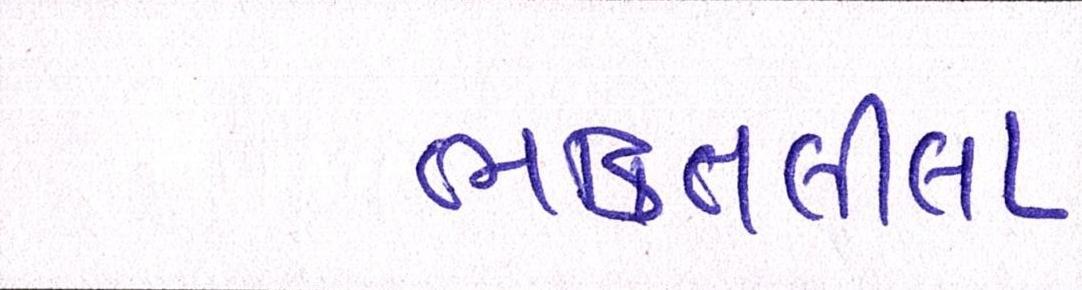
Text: ભક્તિલીલા